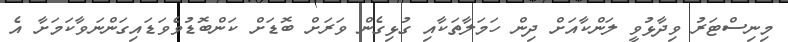
މިނިސްޓަރު ވިދާޅުވީ ލަންކާއަށް ދިން ހަމަލާތަކާއި ގުޅިގެން ވަރަށް ބޮޑަށް ކަންބޮޑުވެވަޑައިގަންނަވާކަމަށާ އެ